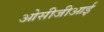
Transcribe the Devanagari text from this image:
ओसीजीआई